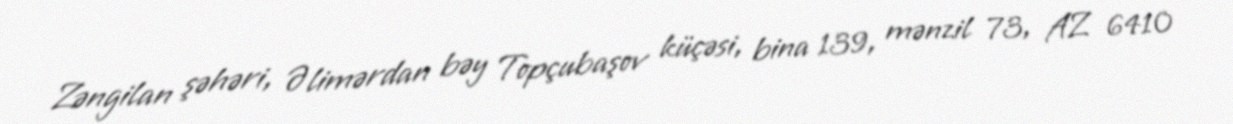
Zəngilan şəhəri, Əlimərdan bəy Topçubaşov küçəsi, bina 139, mənzil 73, AZ 6410